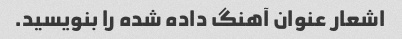
اشعار عنوان آهنگ داده شده را بنویسید.